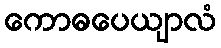
ကောဓပေယျာလံ